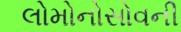
લોમોનોસોવની